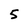
Character: 5